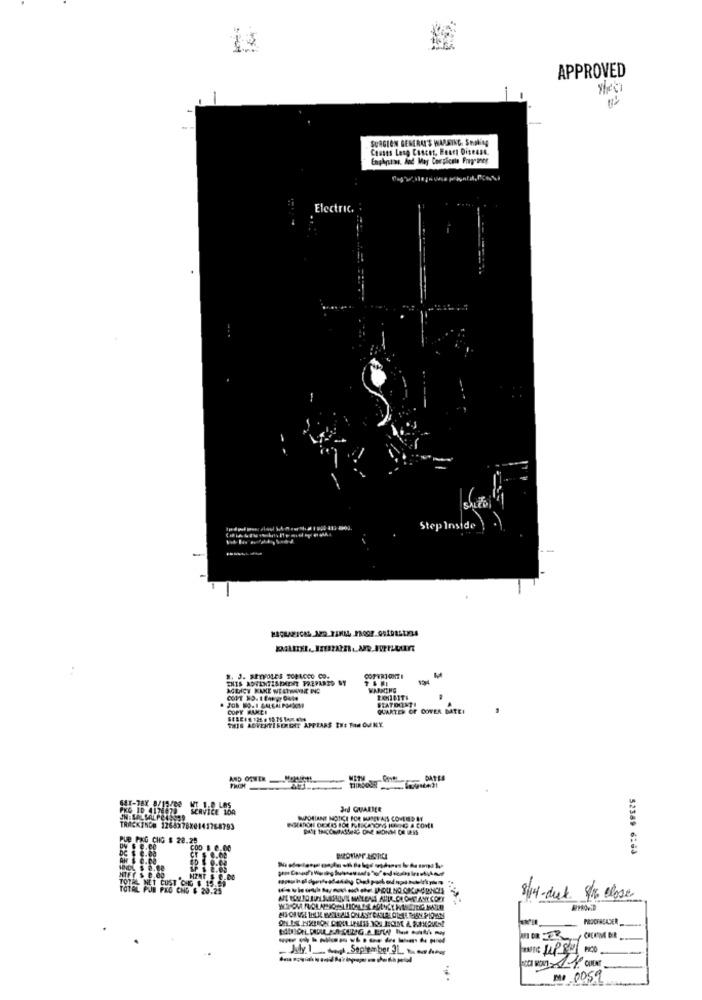
APPROVED
SURGION GENERAL'S WARNING. Sholing
Causas Long Cascot, Fears Disease.
Electric.
Step inside) .
2. J. SETOLER TOBACCO CO.
INIS JOVENSISEMENT PREPARED SY
STATOUNTI
COPY BAKEI
QUARTER OF COVER DATEI
THIS ADVENTISENDIT APPEARS THE TAN OVENY.
641-78X 8/15/83
PKO ID 4176078
MT 1.8 LAS
SERVICE 100
3rd QUARTER
JN : SALSALPOANSES
BUPORLANE NOTKI FOR MATES AIS COVERED BY
TRACKING# 1264378X0141768793
Pue PNG CHG $ 28.25
DC $ 0.00
COD $ 0.00
52389 6:43
Gr $ 8.00
TOT HET CUST OG $ 15
TOTAL PUB PRO CHO $ 20.7
8/14- deck 8x close
PROOFREADER_
..
MO 0059